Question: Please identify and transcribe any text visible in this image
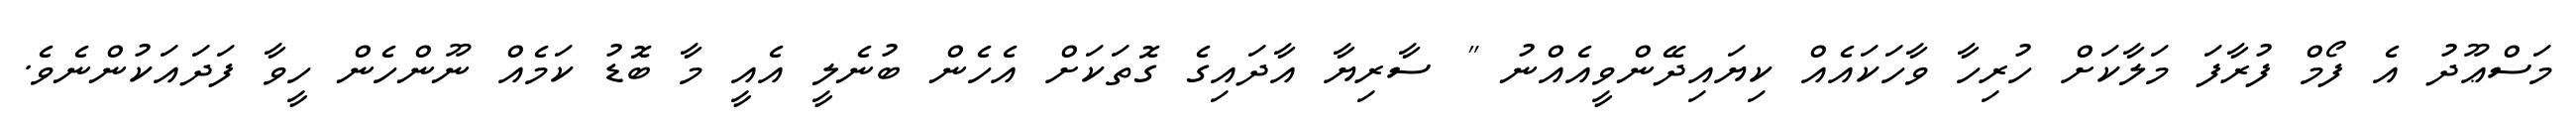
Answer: މަސްޢޫދު އެ ފޯމް ފުރާފަ މަލާކަށް ހުރިހާ ވާހަކައެއް ކިޔައިދޭންވީއެއްނު " ސާރިޔާ އާދައިގެ ގޮތަކަށް އެހެން ބުނެލީ އެއީ މާ ބޮޑު ކަމެއް ނޫންހެން ހީވާ ފަދައަކުންނެވެ.